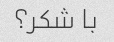
با شکر؟